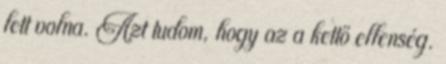
lett volna. Azt tudom, hogy az a kettő ellenség.